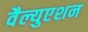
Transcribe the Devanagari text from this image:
वैल्युएशन